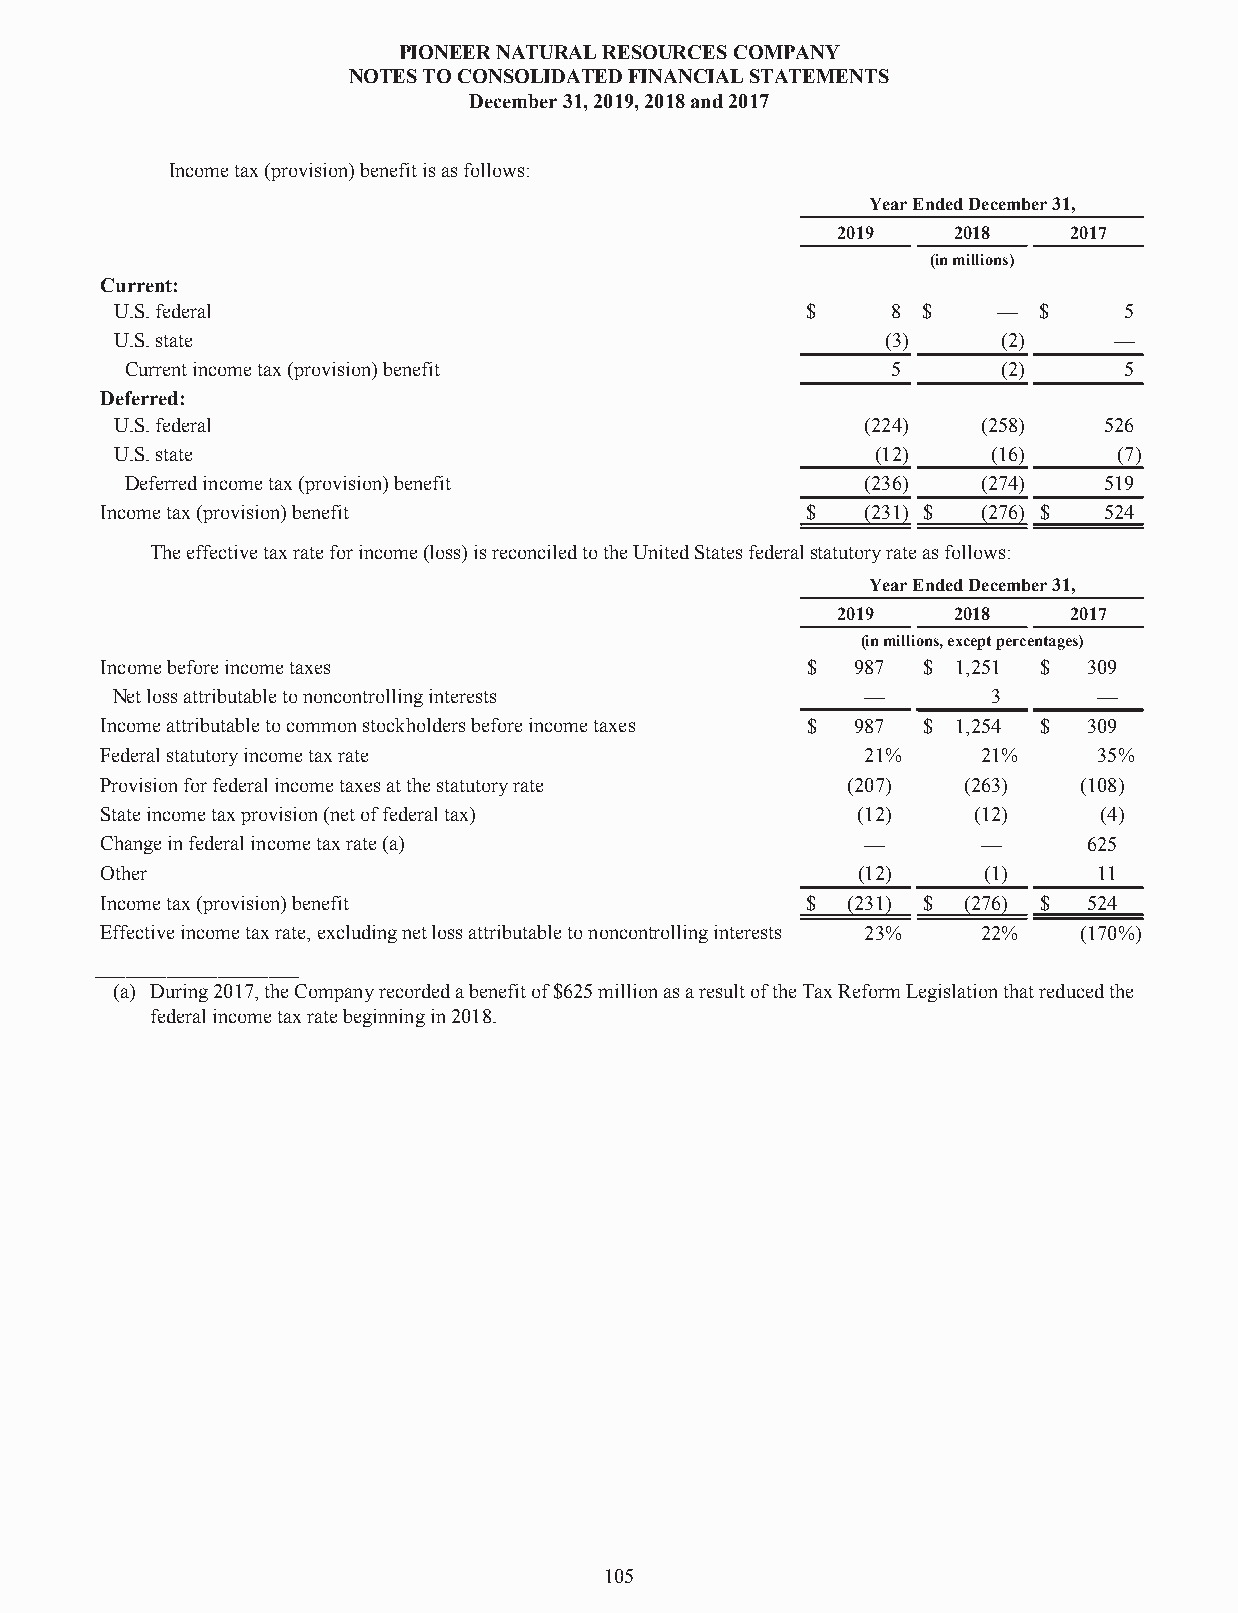
PIONEERNATURALRESOURCESCOMPANY
 NOTESTOCONSOLIDATEDFINANCIALSTATEMENTS
 December31,2019,2018and2017
 Incometax(provision)benefitisasfollows:
 YearEndedDecember31,
 2019    2018    2017
 (inmillions)
 Current:
 U.S.federal                                  $     8 $    —  $    5
 U.S.state                                          (3)    (2)     —
 Currentincometax(provision)benefit                 5      (2)     5
 Deferred:
 U.S.federal                                      (224)   (258)   526
 U.S.state                                         (12)    (16)    (7)
 Deferredincometax(provision)benefit              (236)   (274)   519
 Incometax(provision)benefit                   $   (231) $ (276) $ 524
 Theeffectivetaxrateforincome(loss)isreconciledtotheUnitedStatesfederalstatutoryrateasfollows:
 YearEndedDecember31,
 2019    2018    2017
 (inmillions,exceptpercentages)
 Incomebeforeincometaxes                       $   987 $ 1,251 $  309
 Netlossattributabletononcontrollinginterests      —        3      —
 Incomeattributabletocommonstockholdersbeforeincometaxes $ 987 $ 1,254 $ 309
 Federalstatutoryincometaxrate                     21%     21%     35%
 Provisionforfederalincometaxesatthestatutoryrate (207)   (263)  (108)
 Stateincometaxprovision(netoffederaltax)          (12)   (12)     (4)
 Changeinfederalincometaxrate(a)                   —       —      625
 Other                                             (12)    (1)     11
 Incometax(provision)benefit                   $  (231) $ (276) $ 524
 Effectiveincometaxrate,excludingnetlossattributabletononcontrollinginterests 23% 22% (170%)
 ____________________
 (a) During2017,theCompanyrecordedabenefitof$625millionasaresultoftheTaxReformLegislationthatreducedthe
 federalincometaxratebeginningin2018.
 105